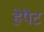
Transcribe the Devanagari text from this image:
हेपैट